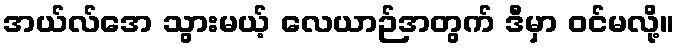
အယ်လ်အေ သွားမယ့် လေယာဉ်အတွက် ဒီမှာ ဝင်မလို့။